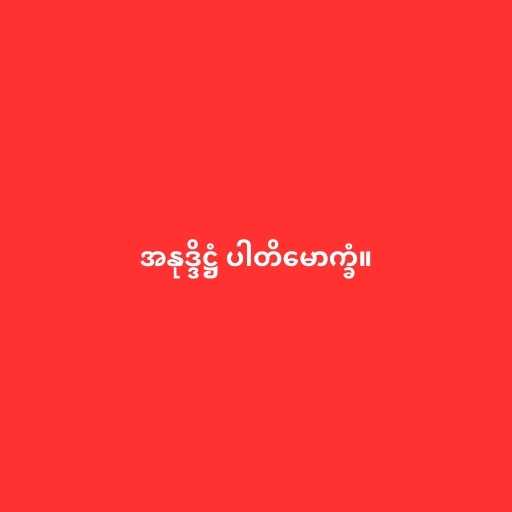
အနုဒ္ဒိဋ္ဌံ ပါတိမောက္ခံ။